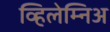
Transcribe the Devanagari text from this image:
व्हिलेम्निअ